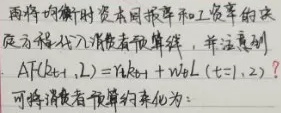
两均衡时资本回报率和工资率的决定方程代入消费者预算线，并注意到
\[
AF(k_{t + 1}, L)=rk_{t + 1}+w_{t}L\quad(t = 1,2)
\]
可将消费者预算约束化为：